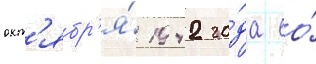
окт'ябр'я́ 1942 го́да ео́